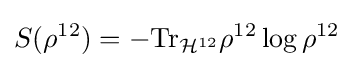
S(\rho ^{12})=-{\rm {Tr}}_{{\mathcal {H}}^{12}}\rho ^{12}\log \rho ^{12}